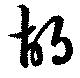
胡